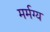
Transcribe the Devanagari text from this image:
मर्मग्य